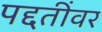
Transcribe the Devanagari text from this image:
पद्दतींवर